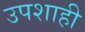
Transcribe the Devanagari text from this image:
उपशाही